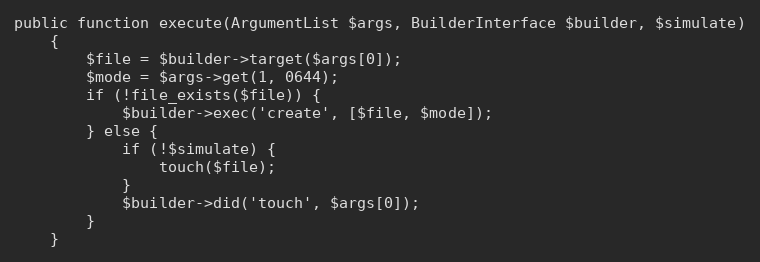
Language: PHP
public function execute(ArgumentList $args, BuilderInterface $builder, $simulate)
    {
        $file = $builder->target($args[0]);
        $mode = $args->get(1, 0644);
        if (!file_exists($file)) {
            $builder->exec('create', [$file, $mode]);
        } else {
            if (!$simulate) {
                touch($file);
            }
            $builder->did('touch', $args[0]);
        }
    }